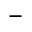
-